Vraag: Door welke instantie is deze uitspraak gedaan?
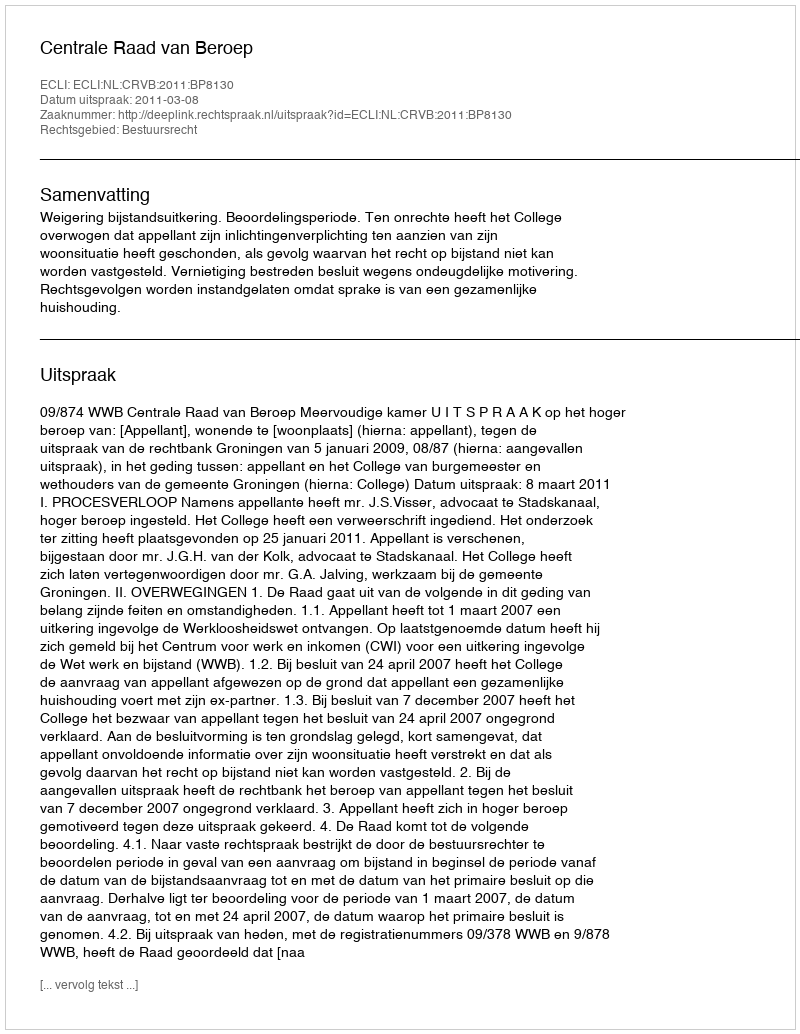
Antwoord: Centrale Raad van Beroep